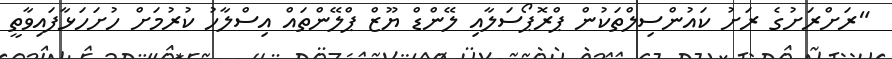
"ރަށްރަށުގެ ރަށު ކައުންސިލްތަކުން ޕްރޮޕޯސަލާއި ލޭންޑް ޔޫޒް ޕްލޭންތައް އިސްލާހު ކުރުމަށް ހުށަހަޅާފައިވާތީ